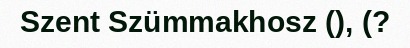
Szent Szümmakhosz (), (?